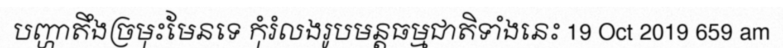
បញ្ហាតឹងច្រមុះមែនទេ កុំរំលងរូបមន្តធម្មជាតិទាំងនេះ 19 Oct 2019 659 am